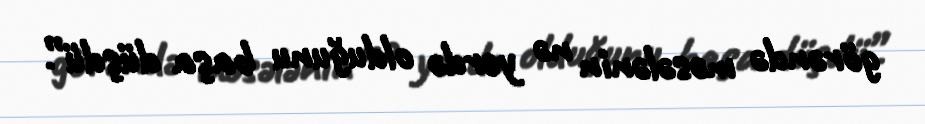
görəndə məsələnin nə yerdə olduğunu başa düşdü”.